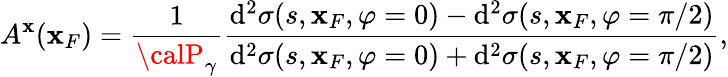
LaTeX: A^{\mathbf{x}}(\mathbf{x}_{F})=\frac{{1}}{{{\calP}_{\gamma}}}\frac{{\mathrm{{d}}^{2}\sigma(s,\mathbf{x}_{F},\varphi=0)-\mathrm{{d}}^{2}\sigma(s,\mathbf{x}_{F},\varphi=\pi/2)}}{{\mathrm{{d}}^{2}\sigma(s,\mathbf{x}_{F},\varphi=0)+\mathrm{{d}}^{2}\sigma(s,\mathbf{x}_{F},\varphi=\pi/2)}},